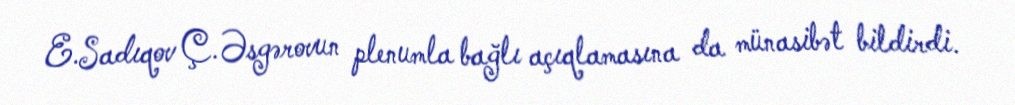
E.Sadıqov Ç.Əsgərovun plenumla bağlı açıqlamasına da münasibət bildirdi.